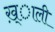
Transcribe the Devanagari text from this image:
ख़्ाली